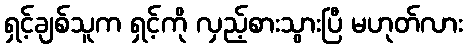
ရှင့်ချစ်သူက ရှင့်ကို လှည့်စားသွားပြီ မဟုတ်လား